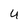
Character: u